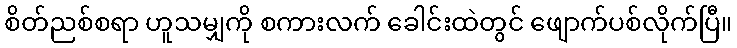
စိတ်ညစ်စရာ ဟူသမျှကို စကားလက် ခေါင်းထဲတွင် ဖျောက်ပစ်လိုက်ပြီ။